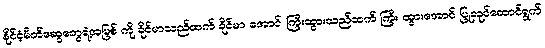
နိုင်ငံ့မိတ်ဆွေတွေရဲ့အမြစ် ကို ခိုင်မာသည်ထက် ခိုင်မာ အောင်၊ ကြီးထွားသည်ထက် ကြီး ထွားအောင် ပြုလုပ်ဆောင်ရွက်